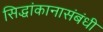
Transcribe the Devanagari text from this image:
सिद्धांकानासंबंधी